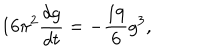
LaTeX: 1 6 \pi ^ { 2 } \frac { d g } { d t } = - \frac { 1 9 } { 6 } g ^ { 3 } ,